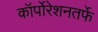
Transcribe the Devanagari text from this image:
कॉर्पोरेशनतर्फे